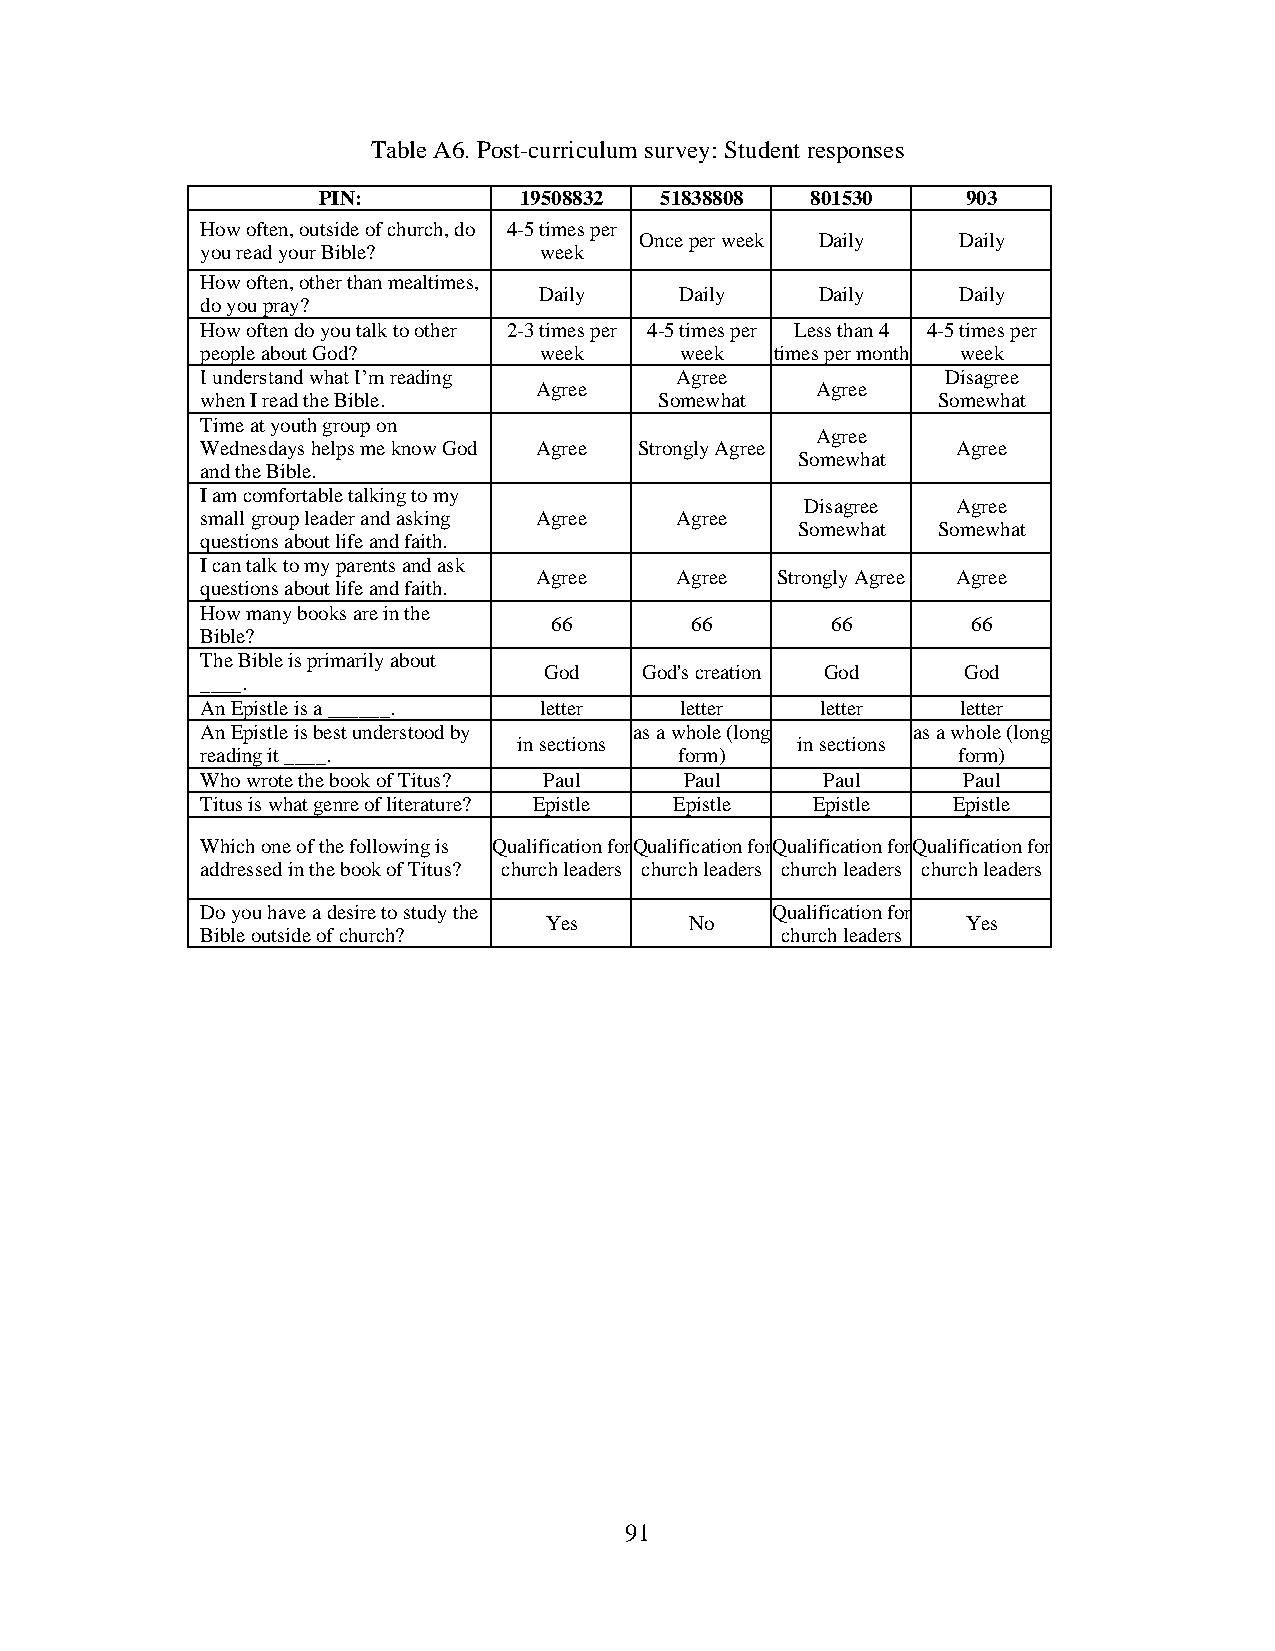
Table A6. Post-curriculum survey: Student responses
 PIN:         19508832  51838808  801530    903
 How often, outside of church, do 4-5 times per
 Once per week Daily  Daily
 you read your Bible?   week
 How often, other than mealtimes,
 Daily    Daily    Daily    Daily
 do you pray?
 How often do you talk to other 2-3 times per 4-5 times per Less than 4 4-5 times per
 people about God?      week     week  times per month week
 I understand what I’m reading   Agree             Disagree
 Agree              Agree
 when I read the Bible.         Somewhat          Somewhat
 Time at youth group on
 Agree
 Wednesdays helps me know God Agree Strongly Agree Agree
 Somewhat
 and the Bible.
 I am comfortable talking to my
 Disagree  Agree
 small group leader and asking Agree Agree
 Somewhat Somewhat
 questions about life and faith.
 I can talk to my parents and ask
 Agree     Agree Strongly Agree Agree
 questions about life and faith.
 How many books are in the
 66        66       66       66
 Bible?
 The Bible is primarily about
 God    God's creation God   God
 ____.
 An Epistle is a ______. letter  letter   letter    letter
 An Epistle is best understood by as a whole (long as a whole (long
 in sections        in sections
 reading it ____.                form)             form)
 Who wrote the book of Titus? Paul Paul    Paul     Paul
 Titus is what genre of literature? Epistle Epistle Epistle Epistle
 Which one of the following is Qualification for Qualification for Qualification for Qualification for
 addressed in the book of Titus? church leaders church leaders church leaders church leaders
 Do you have a desire to study the     Qualification for
 Yes       No                Yes
 Bible outside of church?               church leaders
 91